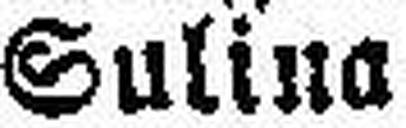
Sulina